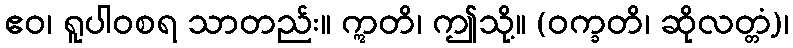
ဧဝ၊ ရူပါဝစရ သာတည်း။ ဣတိ၊ ဤသို့။ (ဝက္ခတိ၊ ဆိုလတ္တံ့)၊